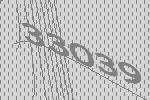
33039